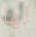
لها